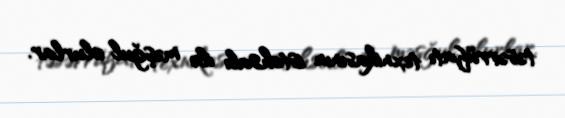
təsərrüfatı texnikasının istehsalı ilə məşğul olurlar.